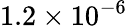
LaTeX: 1.2\times 10^{-6}